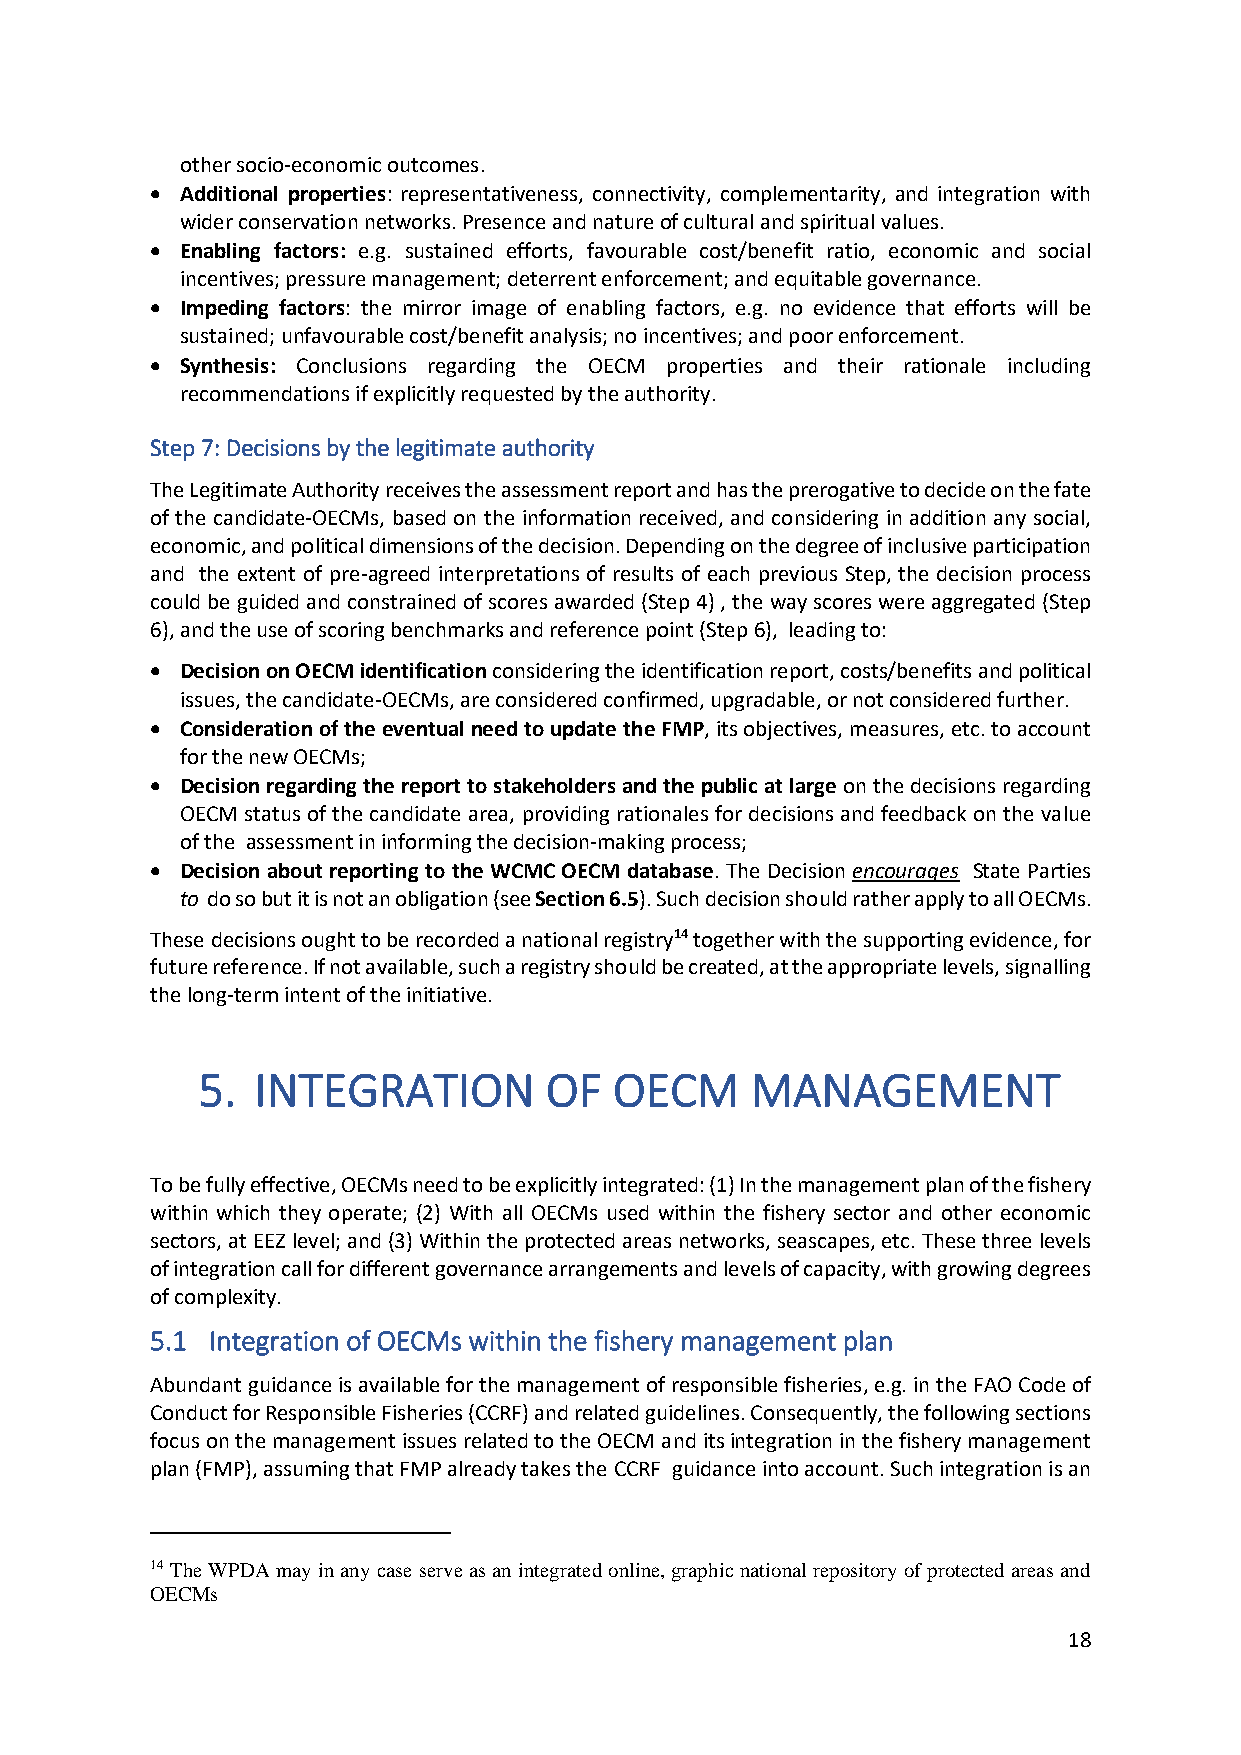
other socio-economic outcomes.
 • Additional properties: representativeness, connectivity, complementarity, and integration with
 wider conservation networks. Presence and nature of cultural and spiritual values.
 • Enabling factors: e.g. sustained efforts, favourable cost/benefit ratio, economic and social
 incentives; pressure management; deterrent enforcement; and equitable governance.
 • Impeding factors: the mirror image of enabling factors, e.g. no evidence that efforts will be
 sustained; unfavourable cost/benefit analysis; no incentives; and poor enforcement.
 • Synthesis: Conclusions regarding the OECM properties and their rationale including
 recommendations if explicitly requested by the authority.
 Step 7: Decisions by the legitimate authority
 The Legitimate Authority receives the assessment report and has the prerogative to decide on the fate
 of the candidate-OECMs, based on the information received, and considering in addition any social,
 economic, and political dimensions of the decision. Depending on the degree of inclusive participation
 and the extent of pre-agreed interpretations of results of each previous Step, the decision process
 could be guided and constrained of scores awarded (Step 4) , the way scores were aggregated (Step
 6), and the use of scoring benchmarks and reference point (Step 6), leading to:
 • Decision on OECM identification considering the identification report, costs/benefits and political
 issues, the candidate-OECMs, are considered confirmed, upgradable, or not considered further.
 • Consideration of the eventual need to update the FMP, its objectives, measures, etc. to account
 for the new OECMs;
 • Decision regarding the report to stakeholders and the public at large on the decisions regarding
 OECM status of the candidate area, providing rationales for decisions and feedback on the value
 of the assessment in informing the decision-making process;
 • Decision about reporting to the WCMC OECM database. The Decision encourages State Parties
 to do so but it is not an obligation (see Section 6.5). Such decision should rather apply to all OECMs.
 These decisions ought to be recorded a national registry14 together with the supporting evidence, for
 future reference. If not available, such a registry should be created, at the appropriate levels, signalling
 the long-term intent of the initiative.
 5.  INTEGRATION        OF   OECM     MANAGEMENT
 To be fully effective, OECMs need to be explicitly integrated: (1) In the management plan of the fishery
 within which they operate; (2) With all OECMs used within the fishery sector and other economic
 sectors, at EEZ level; and (3) Within the protected areas networks, seascapes, etc. These three levels
 of integration call for different governance arrangements and levels of capacity, with growing degrees
 of complexity.
 5.1 Integration of OECMs within the fishery management plan
 Abundant guidance is available for the management of responsible fisheries, e.g. in the FAO Code of
 Conduct for Responsible Fisheries (CCRF) and related guidelines. Consequently, the following sections
 focus on the management issues related to the OECM and its integration in the fishery management
 plan (FMP), assuming that FMP already takes the CCRF guidance into account. Such integration is an
 14 The WPDA may in any case serve as an integrated online, graphic national repository of protected areas and
 OECMs
 18